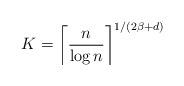
LaTeX: \begin{align*}K = \left\lceil \frac{n}{\log n} \right\rceil^{1 / (2\beta + d)}\end{align*}